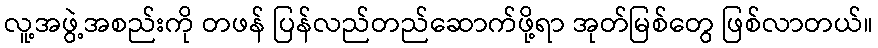
လူ့အဖွဲ့အစည်းကို တဖန် ပြန်လည်တည်ဆောက်ဖို့ရာ အုတ်မြစ်တွေ ဖြစ်လာတယ်။